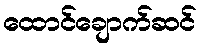
ထောင်ချောက်ဆင်